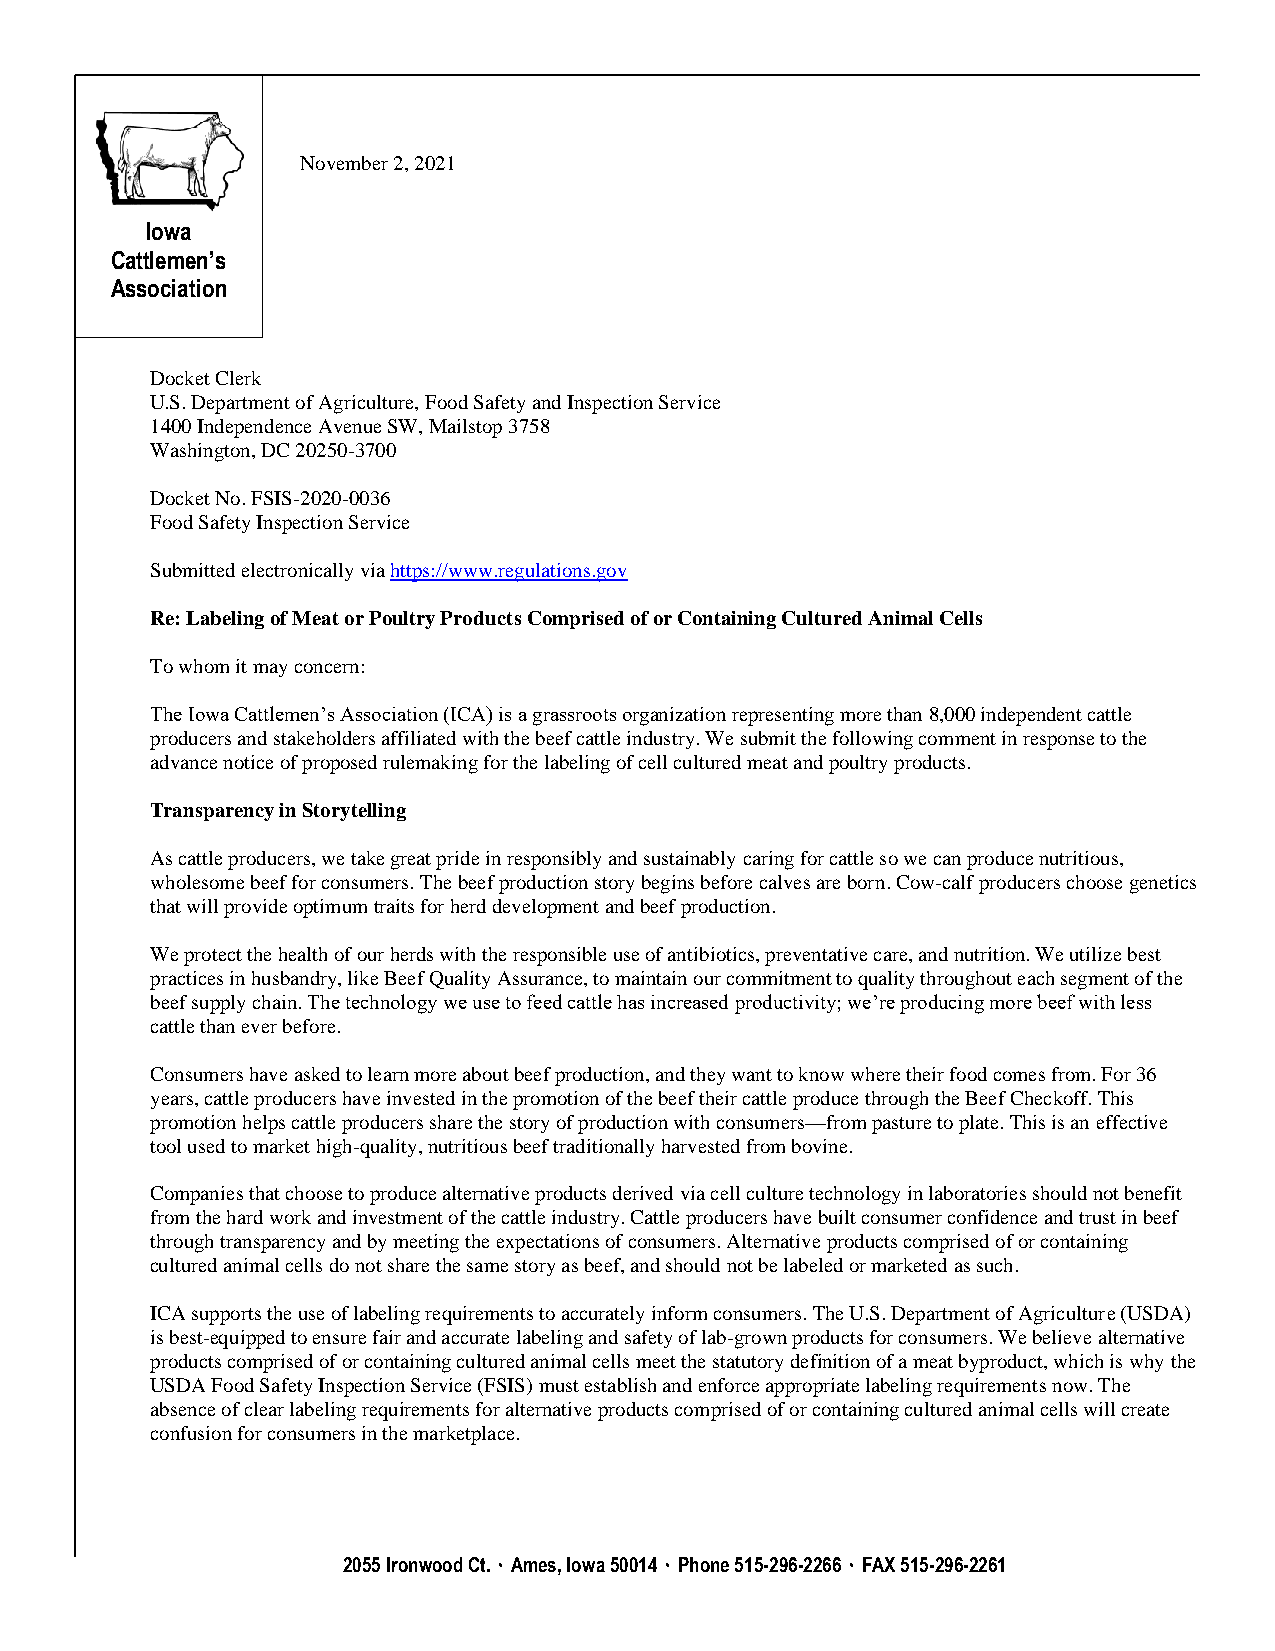
November 2, 2021
 I owa
 Catt lemen’s
 Asso ciation
 Docket Clerk
 U.S. Department of Agriculture, Food Safety and Inspection Service
 1400 Independence Avenue SW, Mailstop 3758
 Washington, DC 20250-3700
 Docket No. FSIS-2020-0036
 Food Safety Inspection Service
 Submitted electronically via https://www.regulations.gov
 Re: Labeling of Meat or Poultry Products Comprised of or Containing Cultured Animal Cells
 To whom it may concern:
 The Iowa Cattlemen’s Association (ICA) is a grassroots organization representing more than 8,000 independent cattle
 producers and stakeholders affiliated with the beef cattle industry. We submit the following comment in response to the
 advance notice of proposed rulemaking for the labeling of cell cultured meat and poultry products.
 Transparency in Storytelling
 As cattle producers, we take great pride in responsibly and sustainably caring for cattle so we can produce nutritious,
 wholesome beef for consumers. The beef production story begins before calves are born. Cow-calf producers choose genetics
 that will provide optimum traits for herd development and beef production.
 We protect the health of our herds with the responsible use of antibiotics, preventative care, and nutrition. We utilize best
 practices in husbandry, like Beef Quality Assurance, to maintain our commitment to quality throughout each segment of the
 beef supply chain. The technology we use to feed cattle has increased productivity; we’re producing more beef with less
 cattle than ever before.
 Consumers have asked to learn more about beef production, and they want to know where their food comes from. For 36
 years, cattle producers have invested in the promotion of the beef their cattle produce through the Beef Checkoff. This
 promotion helps cattle producers share the story of production with consumers—from pasture to plate. This is an effective
 tool used to market high-quality, nutritious beef traditionally harvested from bovine.
 Companies that choose to produce alternative products derived via cell culture technology in laboratories should not benefit
 from the hard work and investment of the cattle industry. Cattle producers have built consumer confidence and trust in beef
 through transparency and by meeting the expectations of consumers. Alternative products comprised of or containing
 cultured animal cells do not share the same story as beef, and should not be labeled or marketed as such.
 ICA supports the use of labeling requirements to accurately inform consumers. The U.S. Department of Agriculture (USDA)
 is best-equipped to ensure fair and accurate labeling and safety of lab-grown products for consumers. We believe alternative
 products comprised of or containing cultured animal cells meet the statutory definition of a meat byproduct, which is why the
 USDA Food Safety Inspection Service (FSIS) must establish and enforce appropriate labeling requirements now. The
 absence of clear labeling requirements for alternative products comprised of or containing cultured animal cells will create
 confusion for consumers in the marketplace.
 2055 Ironwood Ct. ۰ Ames, Iowa 50014 ۰ Phone 515-296-2266 ۰ FAX 515-296-2261